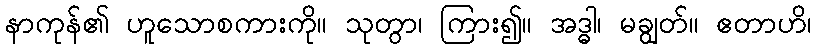
နာကုန်၏ ဟူသောစကားကို။ သုတွာ၊ ကြား၍။ အဒ္ဓါ၊ မချွတ်။ ဧတာဟိ၊